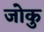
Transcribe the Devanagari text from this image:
जोकु